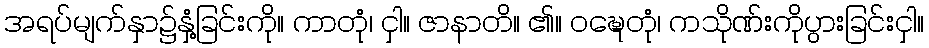
အရပ်မျက်နှာ၌နှံ့ခြင်းကို။ ကာတုံ၊ ငှါ။ ဇာနာတိ။ ၏။ ဝဍ္ဎေတုံ၊ ကသိုဏ်းကိုပွားခြင်းငှါ။